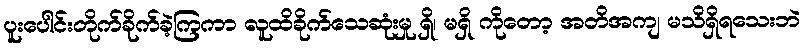
ပူးပေါင်းတိုက်ခိုက်ခဲ့ကြကာ လူထိခိုက်သေဆုံးမှု ရှိ၊ မရှိ ကိုတော့ အတိအကျ မသိရှိရသေးဘဲ